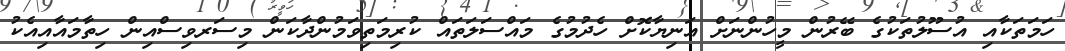
ހަމަތަކާއި އުސޫލުތަކުގެ ބޭރުން މީހުންނަށް އަނިޔާކޮށް ހެދުމުގެ މައްސަލަތައް ކުރިމަތިވަމުންދާކަން މިސަރވިސްއިން ހިތާމައާއިއެކު